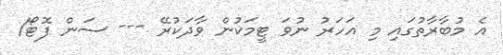
އެ މުބާރާތުގައި މި އަހަރު ނުވަ ޓީމަކުން ވާދަކުރޭ --- ސަން ފޮޓޯ/